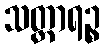
သတ္ထာရဉ္စ